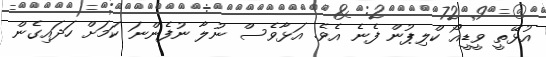
އުޅޭތީ ވީޑީއޯ ކްލިޕުން ފެނެ އެވެ. އަޅާވެސް ނުލާ ނުފެންނަ ކަމަށް ހަދައިގެން